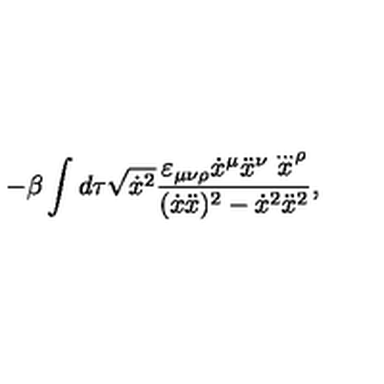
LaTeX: - \beta \int d \tau \sqrt { \dot { x } ^ { 2 } } \frac { \varepsilon _ { \mu \nu \rho } \dot { x } ^ { \mu } \ddot { x } ^ { \nu } \stackrel { \ldots } { x } ^ { \rho } } { { ( \dot { x } \ddot { x } ) ^ { 2 } - \dot { x } ^ { 2 } \ddot { x } ^ { 2 } } } ,